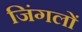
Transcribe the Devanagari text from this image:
जिंगलों